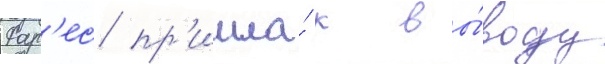
Фар'ес пр'ишла́ к вы́воду